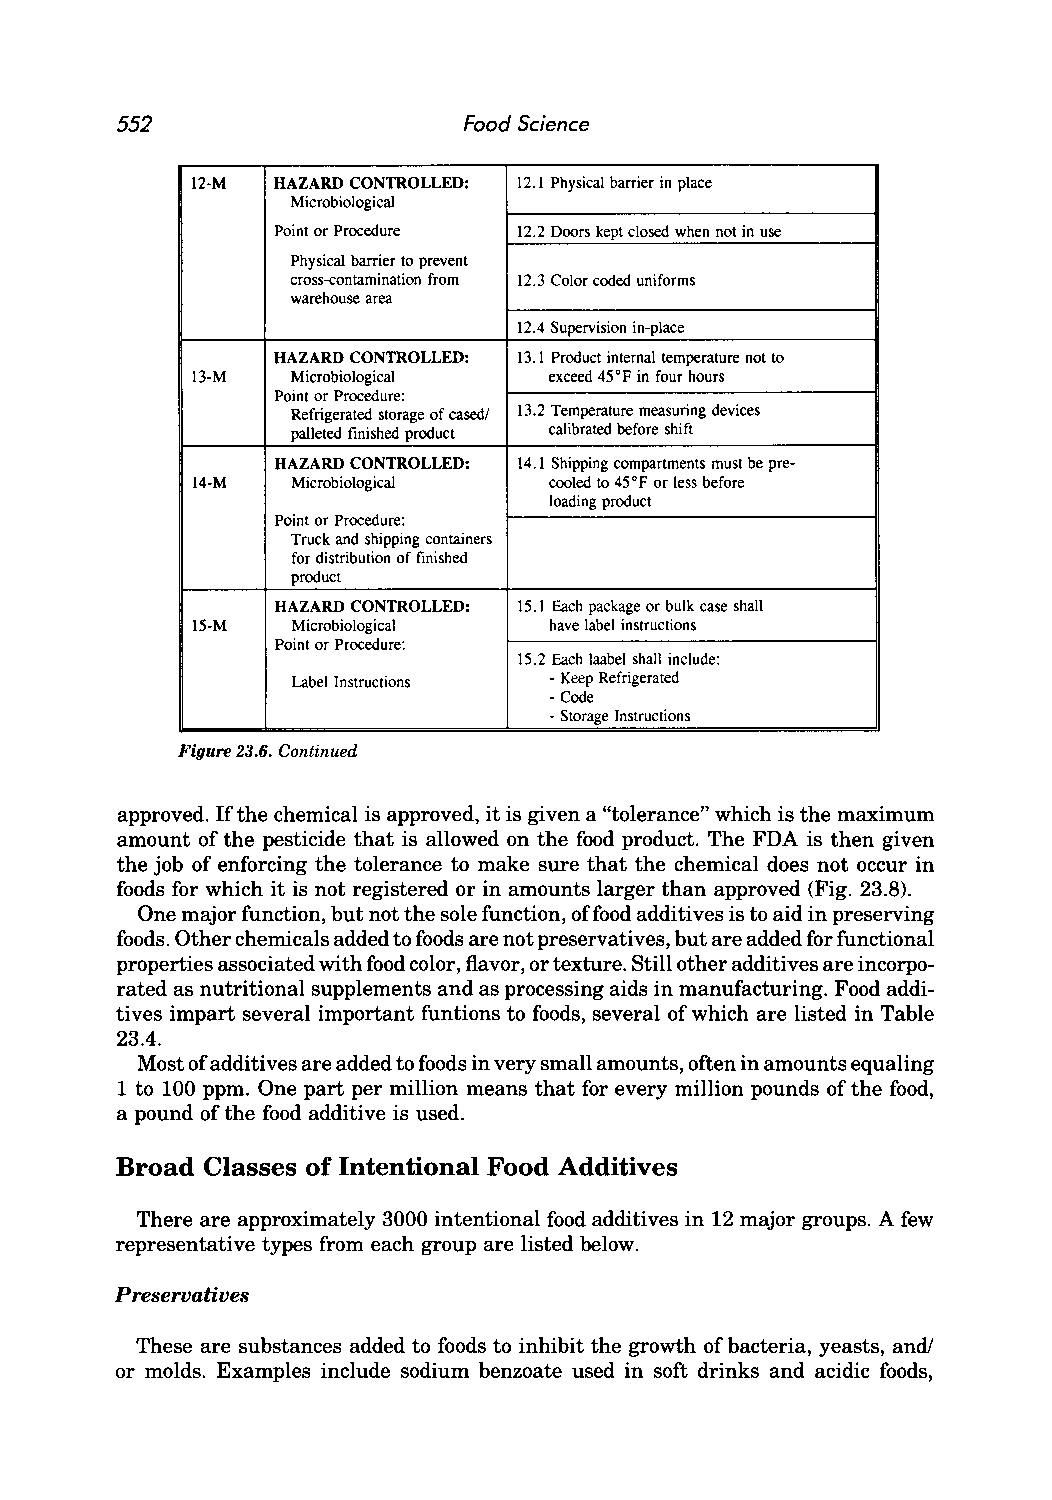
552                    Food Science
 12-M HAZARD CONTROLLED: 12.1 Physical barrier in place
 Microbiological
 Point or Procedure 12.2 Doors kept closed when not in use
 Physical barrier to prevent
 cross-contamination from 12.3 Color coded uniforms
 warehouse area
 12.4 Supervision in-place
 HAZARD CONTROLLED: 13. I Product internal temperature not to
 13-M  Microbiological  exceed 45°F in four hours
 Point or Procedure:
 Refrigerated storage of cased/ 13.2 Temperature measuring devices
 palleted finished product calibrated before shift
 HAZARD CONTROLLED: 14.1 Shipping compartments must be pre-
 14-M  Microbiological  cooled to 45 ° F or less before
 loading product
 Point or Procedure:
 Truck and shipping containers
 for distribution of finished
 product
 HAZARD CONTROLLED: 15.1 Each package or bulk case shall
 15-M  Microbiological  have label instructions
 Point or Procedure:
 15.2 Each laabel shall include:
 Label Instructions -Keep Refrigerated
 -Code
 -Storage Instructions
 Figure 23.6. Continued
 approved. If the chemical is approved, it is given a "tolerance" which is the maximum
 amount of the pesticide that is allowed on the food product. The FDA is then given
 the job of enforcing the tolerance to make sure that the chemical does not occur in
 foods for which it is not registered or in amounts larger than approved (Fig. 23.8).
 One major function, but not the sole function, offood additives is to aid in preserving
 foods. Other chemicals added to foods are not preservatives, but are added for functional
 properties associated with food color, flavor, or texture. Still other additives are incorpo
 rated as nutritional supplements and as processing aids in manufacturing. Food addi
 tives impart several important funtions to foods, several of which are listed in Table
 23.4.
 Most of additives are added to foods in very small amounts, often in amounts equaling
 1 to 100 ppm. One part per million means that for every million pounds of the food,
 a pound of the food additive is used.
 Broad Classes of Intentional Food Additives
 There are approximately 3000 intentional food additives in 12 major groups. A few
 representative types from each group are listed below.
 Preservatives
 These are substances added to foods to inhibit the growth of bacteria, yeasts, and!
 or molds. Examples include sodium benzoate used in soft drinks and acidic foods,